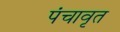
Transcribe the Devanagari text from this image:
पंचावृत